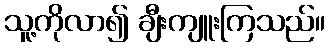
သူ့ကိုလာ၍ ချီးကျူးကြသည်။